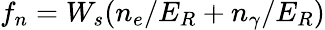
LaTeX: f_{n}=W_{s}(n_{e}/E_{R}+n_{\gamma}/E_{R})